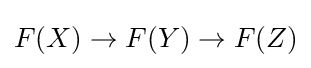
F(X)\to F(Y)\to F(Z)